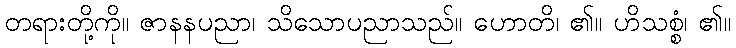
တရားတို့ကို။ ဇာနနပညာ၊ သိသောပညာသည်။ ဟောတိ၊ ၏။ ဟိသစ္စံ၊ ၏။